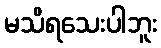
မသိရသေးပါဘူး